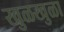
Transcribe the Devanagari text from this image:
खुळखुळा